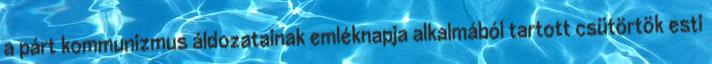
a párt kommunizmus áldozatainak emléknapja alkalmából tartott csütörtök esti